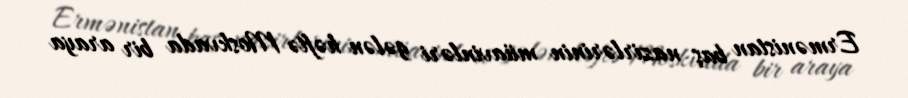
Ermənistan baş nazirlərinin müavinləri gələn həftə Moskvada bir araya